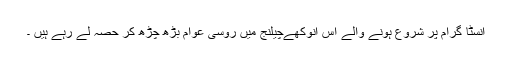
انسٹا گرام پر شروع ہونے والے اس انوکھےچیلنج میں روسی عوام بڑھ چڑھ کر حصہ لے رہے ہیں ۔